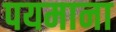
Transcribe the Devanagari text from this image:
पयमाना